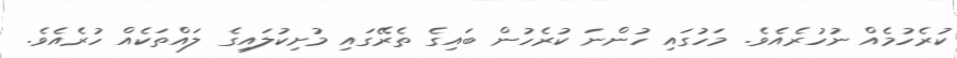
ކުރެހުމެއް ނުހުރެއެވެ. މަހުގައި ހުންނަ ކުރެހުން ބައިގެ ތެރޭގައި މުށިކުލައިގެ ލައްތަކެއް ހުރެއެވެ.